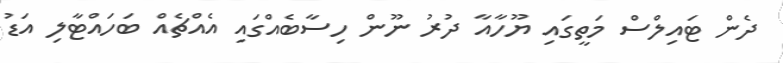
ދެން ޓައިލްސް މަތީގައި ޔޫހާއާ ދުރު ނޫން ހިސާބެއްގައި އެއްޗެއް ބަހައްޓާލި އަޑު